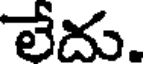
లేదు.